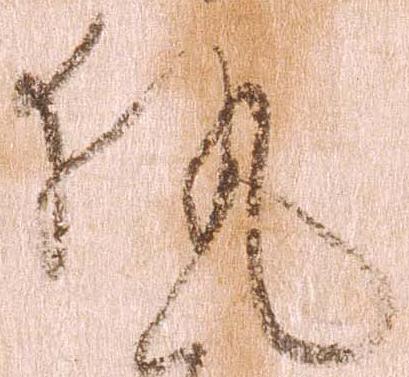
執